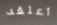
أعتقد